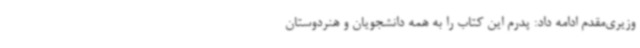
وزیری‌مقدم ادامه داد: پدرم این کتاب را به همه دانشجویان و هنردوستان